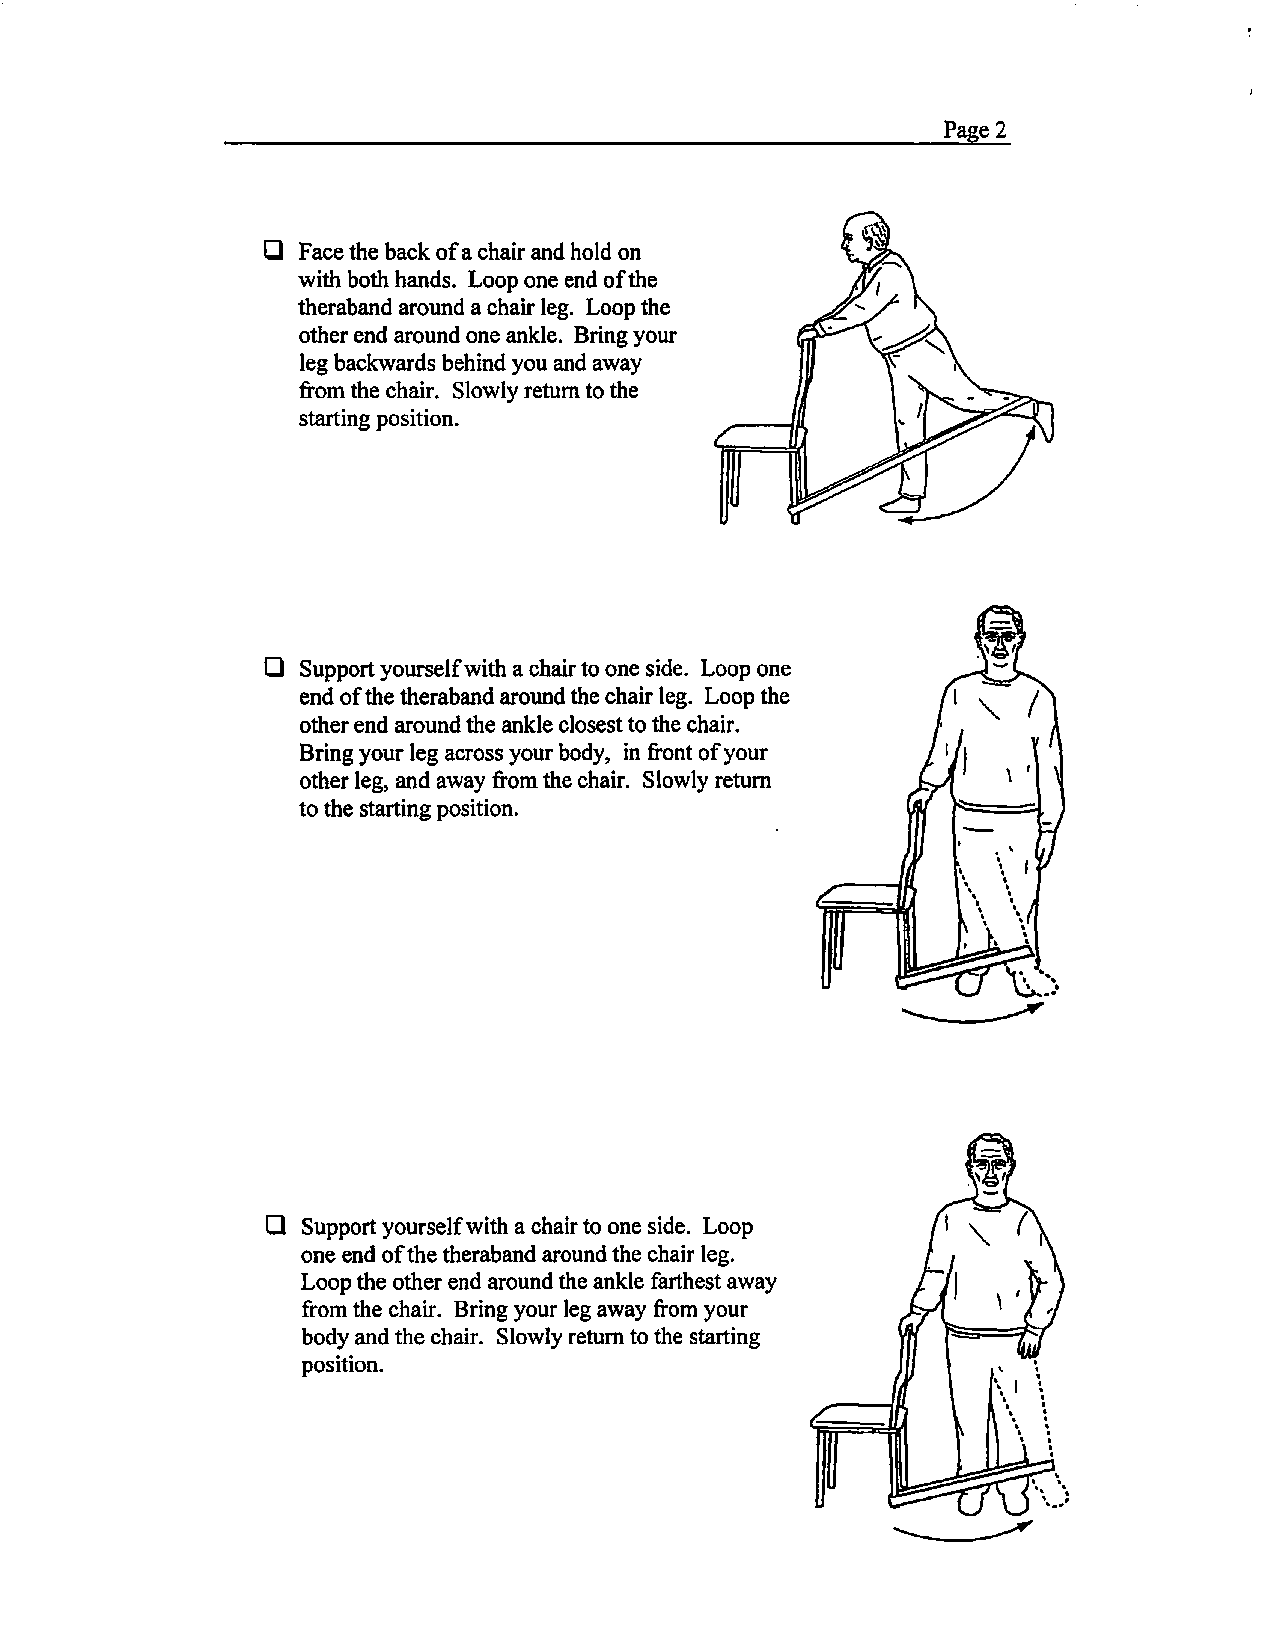
Page2
 D  Face the back of a chair and hold on
 with both hands. Loop one end of the
 theraband around a chair leg. Loop the
 other end around one ankle. Bring your
 leg backwards behind you and away
 from the chair. Slowly return to the
 starting position.
 D  Support yourself with a chair to one side. Loop one
 end of the theraband around the chair leg. Loop the
 other end around the ankle closest to the chair.
 Bring your leg across your body, in front of your
 other leg, and away from the chair. Slowly return
 to the starting position.
 ~
 D Support yourself with a chair to one side. Loop
 one end of the theraband around the chair leg.
 Loop the other end around the ankle farthest away
 from the chair. Bring your leg away from your
 body and the chair. Slowly return to the starting
 position.
 ..__________,.,